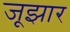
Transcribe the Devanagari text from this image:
जूझार